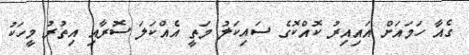
ގެއާ ހަމައަށް އައިއިރު ކޮއްކޮގެ ސައިކަލު މަތީ އެއްކަލަ ސޮރާއި އިތުރު މީހަކު